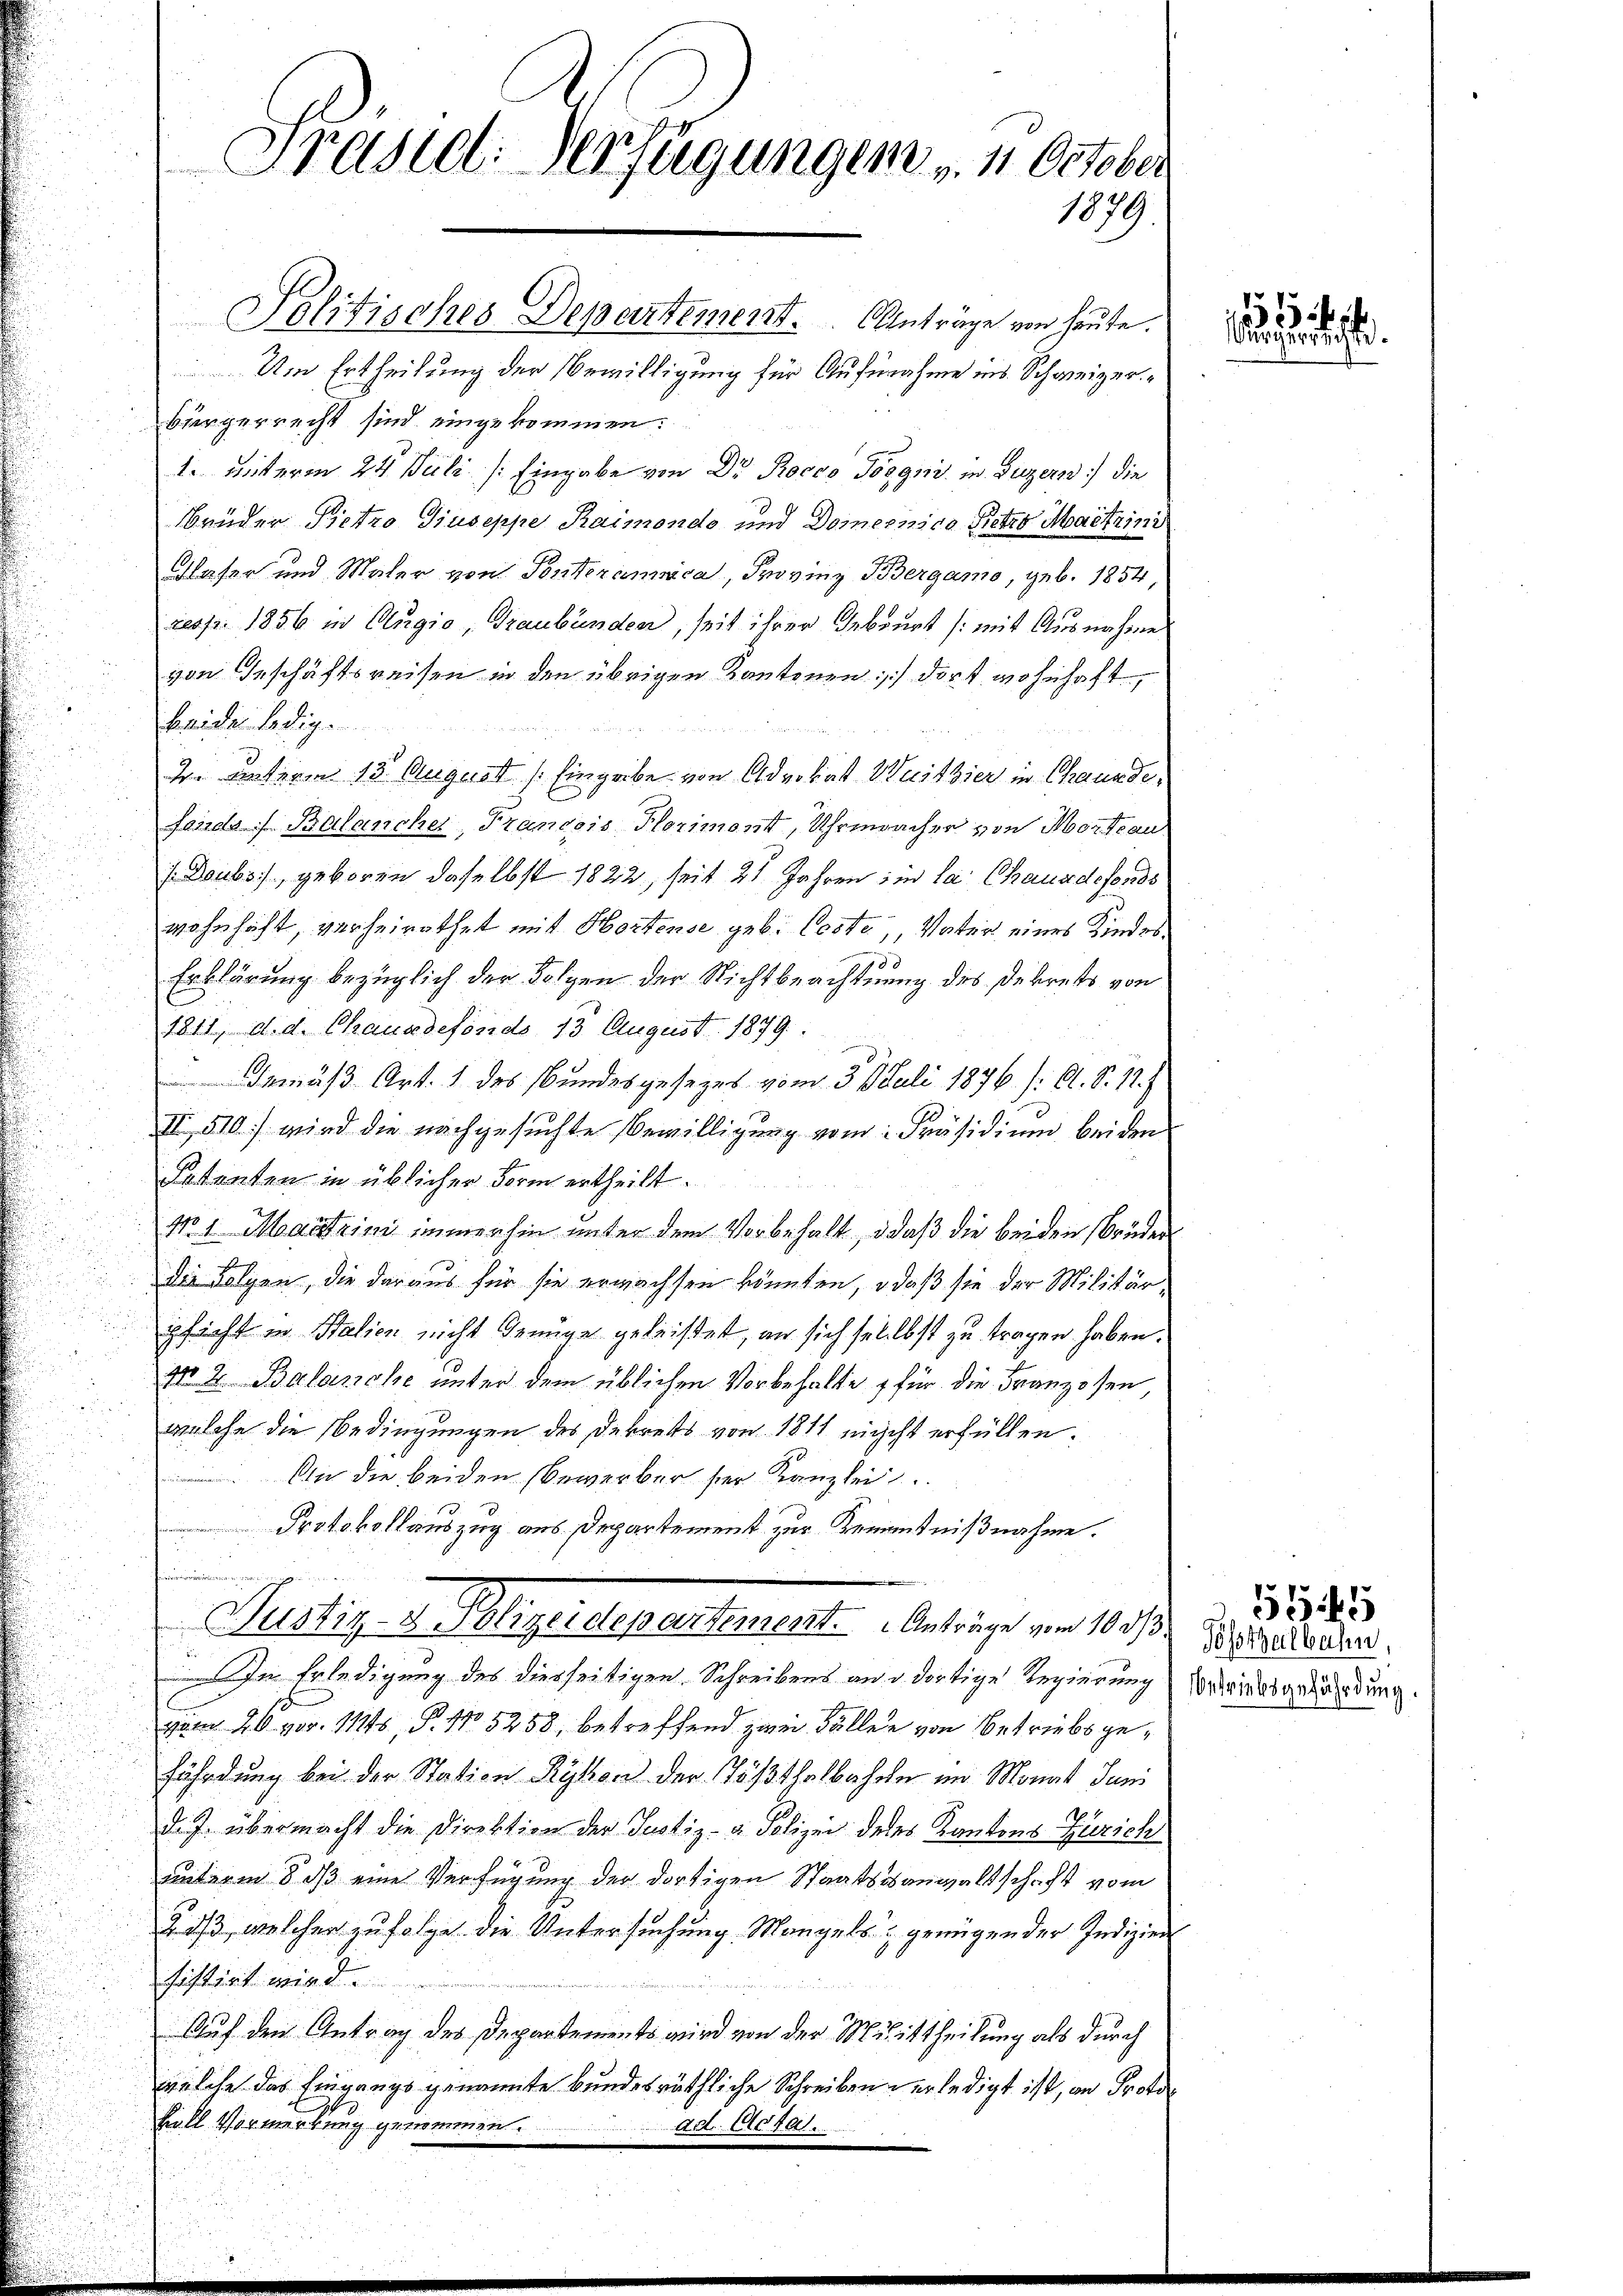
Präsid. Verfügungen v. 4. October
1879.

Politisches Departement.  ..  Anträge von heute.
Um Ertheilung der Bewilligung für Aufnahme ins Schweizer
bürgerrecht sind eingekommen:
1. unterm 24. Juli /: Eingabe von Dr Rocco Toggini in Luzern) die
Brüder Pietro Giuseppe Raimondo und Domenico Petro Maitrini
Blaser und Maler von Ponteramica, Provinz Bergamo, geb. 1854
resp. 1856 in Angio, Graubünden, seit ihrer Geburt (mit Ausnahme
von Geschäftsreisen in den übrigen Kantonen dort wohnhaft,
beider ledige
2. unterm 13. August /: Eingabe von Advokat Weiszier in Chaus defandes Balancher, Frandeis Florimont, Uhrmacher von Mordeau
 Doubs, geboren daselbst 1822, seit 21 Jahren im la Chauxdefonds
wohnhaft, verheirathet mit Hortense geb. Coste, Vater eines Kindes¬
Erklärung bezüglich der Folgen der Nichtbeachtung des Dekrets von
1811., d. d. Chauxdefonds 13 August 1879.
Demäß Art. 1 des Bundesgesezes vom 3 t Juli 1876. /: A. S. 11.)
II 510 wird die nachgesuchte Bewilligung vom Präsidium beiden
datenten in üblicher Form ertheilt.
No. 1. Maistrini immerhin unter dem Vorbehalt, daß die beiden Brüder
Die Folgen, die daraus für sie erwachsen könnten, daß sie der Militärpficht in Stalien nicht genüge geleistet, an sich selbst zu tragen haben.
M 2. Balanche unter dem üblichen Vorbehalte für die Franzosen,
welche die Bedingungen des Dekrets von 1811 nicht erfüllen.
Din die beiden Bewerber ser Kanzlei
Protokollauszug aus Departement zur Kenntnißnahme.
Justiz- u. Polizeidepartement. Anträge von 10./ Derseits den
Im Erledigung des diesseitigen Schreibens an d dortige Regierung beidsgekündung.
zum 20. vor. 114, P. No 5258, betreffend zum Fällen von Betriebsgefährdung bei der Station Rykon der Tößthalbahre im Monat Juni
d. J. übermacht die Direktion der Justiz- u. Polizei deses Kantons Zürich
unterm 8. dß eine Verfügung der dortigen Staatsanwaltschaft vom
23/3, welcher zufolge die Untersuchung. Mangels genügen der Indizien
sistirt wird.
Auf den Antrag des Departements wird von der Mittheilung als durch
welche das Eingangs genannte bundesräthliche Schreiben verledigt ist, an Proto¬
Viell Vormerkung genommen.
ad. Catal

2
urgerichte.

5545